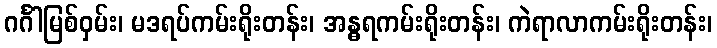
ဂင်္ဂါမြစ်ဝှမ်း၊ မဒရပ်ကမ်းရိုးတန်း၊ အန္ဓရကမ်းရိုးတန်း၊ ကဲရာလာကမ်းရိုးတန်း၊